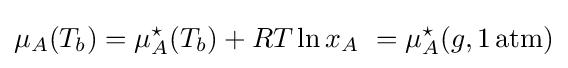
\mu _{A}(T_{b})=\mu _{A}^{\star }(T_{b})+RT\ln x_{A}\ =\mu _{A}^{\star }(g,1\,\mathrm {atm} )